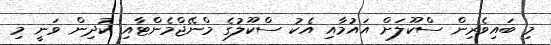
މި ބައިވެރިން ސްކޫލަށް އައުމާއި އެކު ސްކޫލުގެ މްނޭޖްމެންޓާއި ކުދިން ވަނީ މި